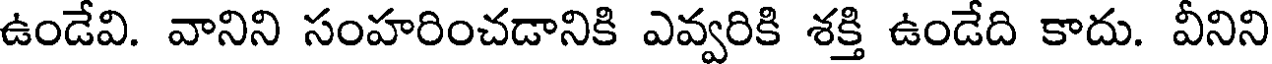
ఉండేవి. వానిని సంహరించడానికి ఎవ్వరికి శక్తి ఉండేది కాదు. వీనిని